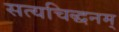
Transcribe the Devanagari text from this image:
सत्यचिद्धनम्